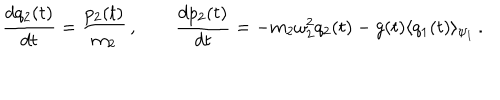
LaTeX: \frac { d q _ { 2 } ( t ) } { d t } = \frac { p _ { 2 } ( t ) } { m _ { 2 } } \, , \qquad \frac { d p _ { 2 } ( t ) } { d t } = - m _ { 2 } \omega _ { 2 } ^ { 2 } q _ { 2 } ( t ) - g ( t ) \langle q _ { 1 } ( t ) \rangle _ { \psi _ { 1 } } \, .